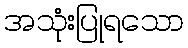
အသုံးပြုရသော